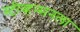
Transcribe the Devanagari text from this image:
स्टीव्हन्सनला